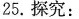
25.探究：